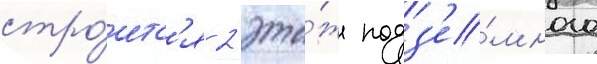
стро́итс'я 2 эта́ж подз'е́много